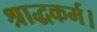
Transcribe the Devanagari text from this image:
श्राद्धकर्म।